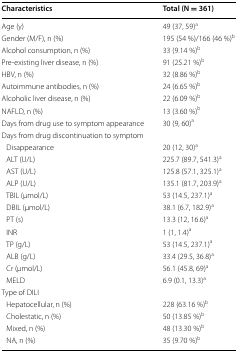
<table><thead><tr><td><b>Characteristics</b></td><td><b>Total (N = 361)</b></td></tr></thead><tbody><tr><td>Age (y)</td><td>49 (37, 59)<sup>a</sup></td></tr><tr><td>Gender (M/F), n (%)</td><td>195 (54 %)/166 (46 %)<sup>b</sup></td></tr><tr><td>Alcohol consumption, n (%)</td><td>33 (9.14 %)<sup>b</sup></td></tr><tr><td>Pre-existing liver disease, n (%)</td><td>91 (25.21 %)<sup>b</sup></td></tr><tr><td>HBV, n (%)</td><td>32 (8.86 %)<sup>b</sup></td></tr><tr><td>Autoimmune antibodies, n (%)</td><td>24 (6.65 %)<sup>b</sup></td></tr><tr><td>Alcoholic liver disease, n (%)</td><td>22 (6.09 %)<sup>b</sup></td></tr><tr><td>NAFLD, n (%)</td><td>13 (3.60 %)<sup>b</sup></td></tr><tr><td>Days from drug use to symptom appearance</td><td>30 (9, 60)<sup>a</sup></td></tr><tr><td colspan="2">Days from drug discontinuation to symptom</td></tr><tr><td> Disappearance</td><td>20 (12, 30)<sup>a</sup></td></tr><tr><td> ALT (U/L)</td><td>225.7 (89.7, 541.3)<sup>a</sup></td></tr><tr><td> AST (U/L)</td><td>125.8 (57.1, 325.1)<sup>a</sup></td></tr><tr><td> ALP (U/L)</td><td>135.1 (81.7, 203.9)<sup>a</sup></td></tr><tr><td> TBIL (μmol/L)</td><td>53 (14.5, 237.1)<sup>a</sup></td></tr><tr><td> DBIL (μmol/L)</td><td>38.1 (6.7, 182.9)<sup>a</sup></td></tr><tr><td> PT (s)</td><td>13.3 (12, 16.6)<sup>a</sup></td></tr><tr><td> INR</td><td>1 (1, 1.4)<sup>a</sup></td></tr><tr><td> TP (g/L)</td><td>53 (14.5, 237.1)<sup>a</sup></td></tr><tr><td> ALB (g/L)</td><td>33.4 (29.5, 36.8)<sup>a</sup></td></tr><tr><td> Cr (μmol/L)</td><td>56.1 (45.8, 69)<sup>a</sup></td></tr><tr><td> MELD</td><td>6.9 (0.1, 13.3)<sup>a</sup></td></tr><tr><td colspan="2">Type of DILI</td></tr><tr><td> Hepatocellular, n (%)</td><td>228 (63.16 %)<sup>b</sup></td></tr><tr><td> Cholestatic, n (%)</td><td>50 (13.85 %)<sup>b</sup></td></tr><tr><td> Mixed, n (%)</td><td>48 (13.30 %)<sup>b</sup></td></tr><tr><td> NA, n (%)</td><td>35 (9.70 %)<sup>b</sup></td></tr></tbody></table>